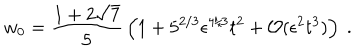
LaTeX: w _ { 0 } = { \frac { 1 + 2 \sqrt { 7 } } { 5 } } \left( 1 + 5 ^ { 2 / 3 } \epsilon ^ { 4 / 3 } t ^ { 2 } + { \cal O } ( \epsilon ^ { 2 } t ^ { 3 } ) \right) \ .